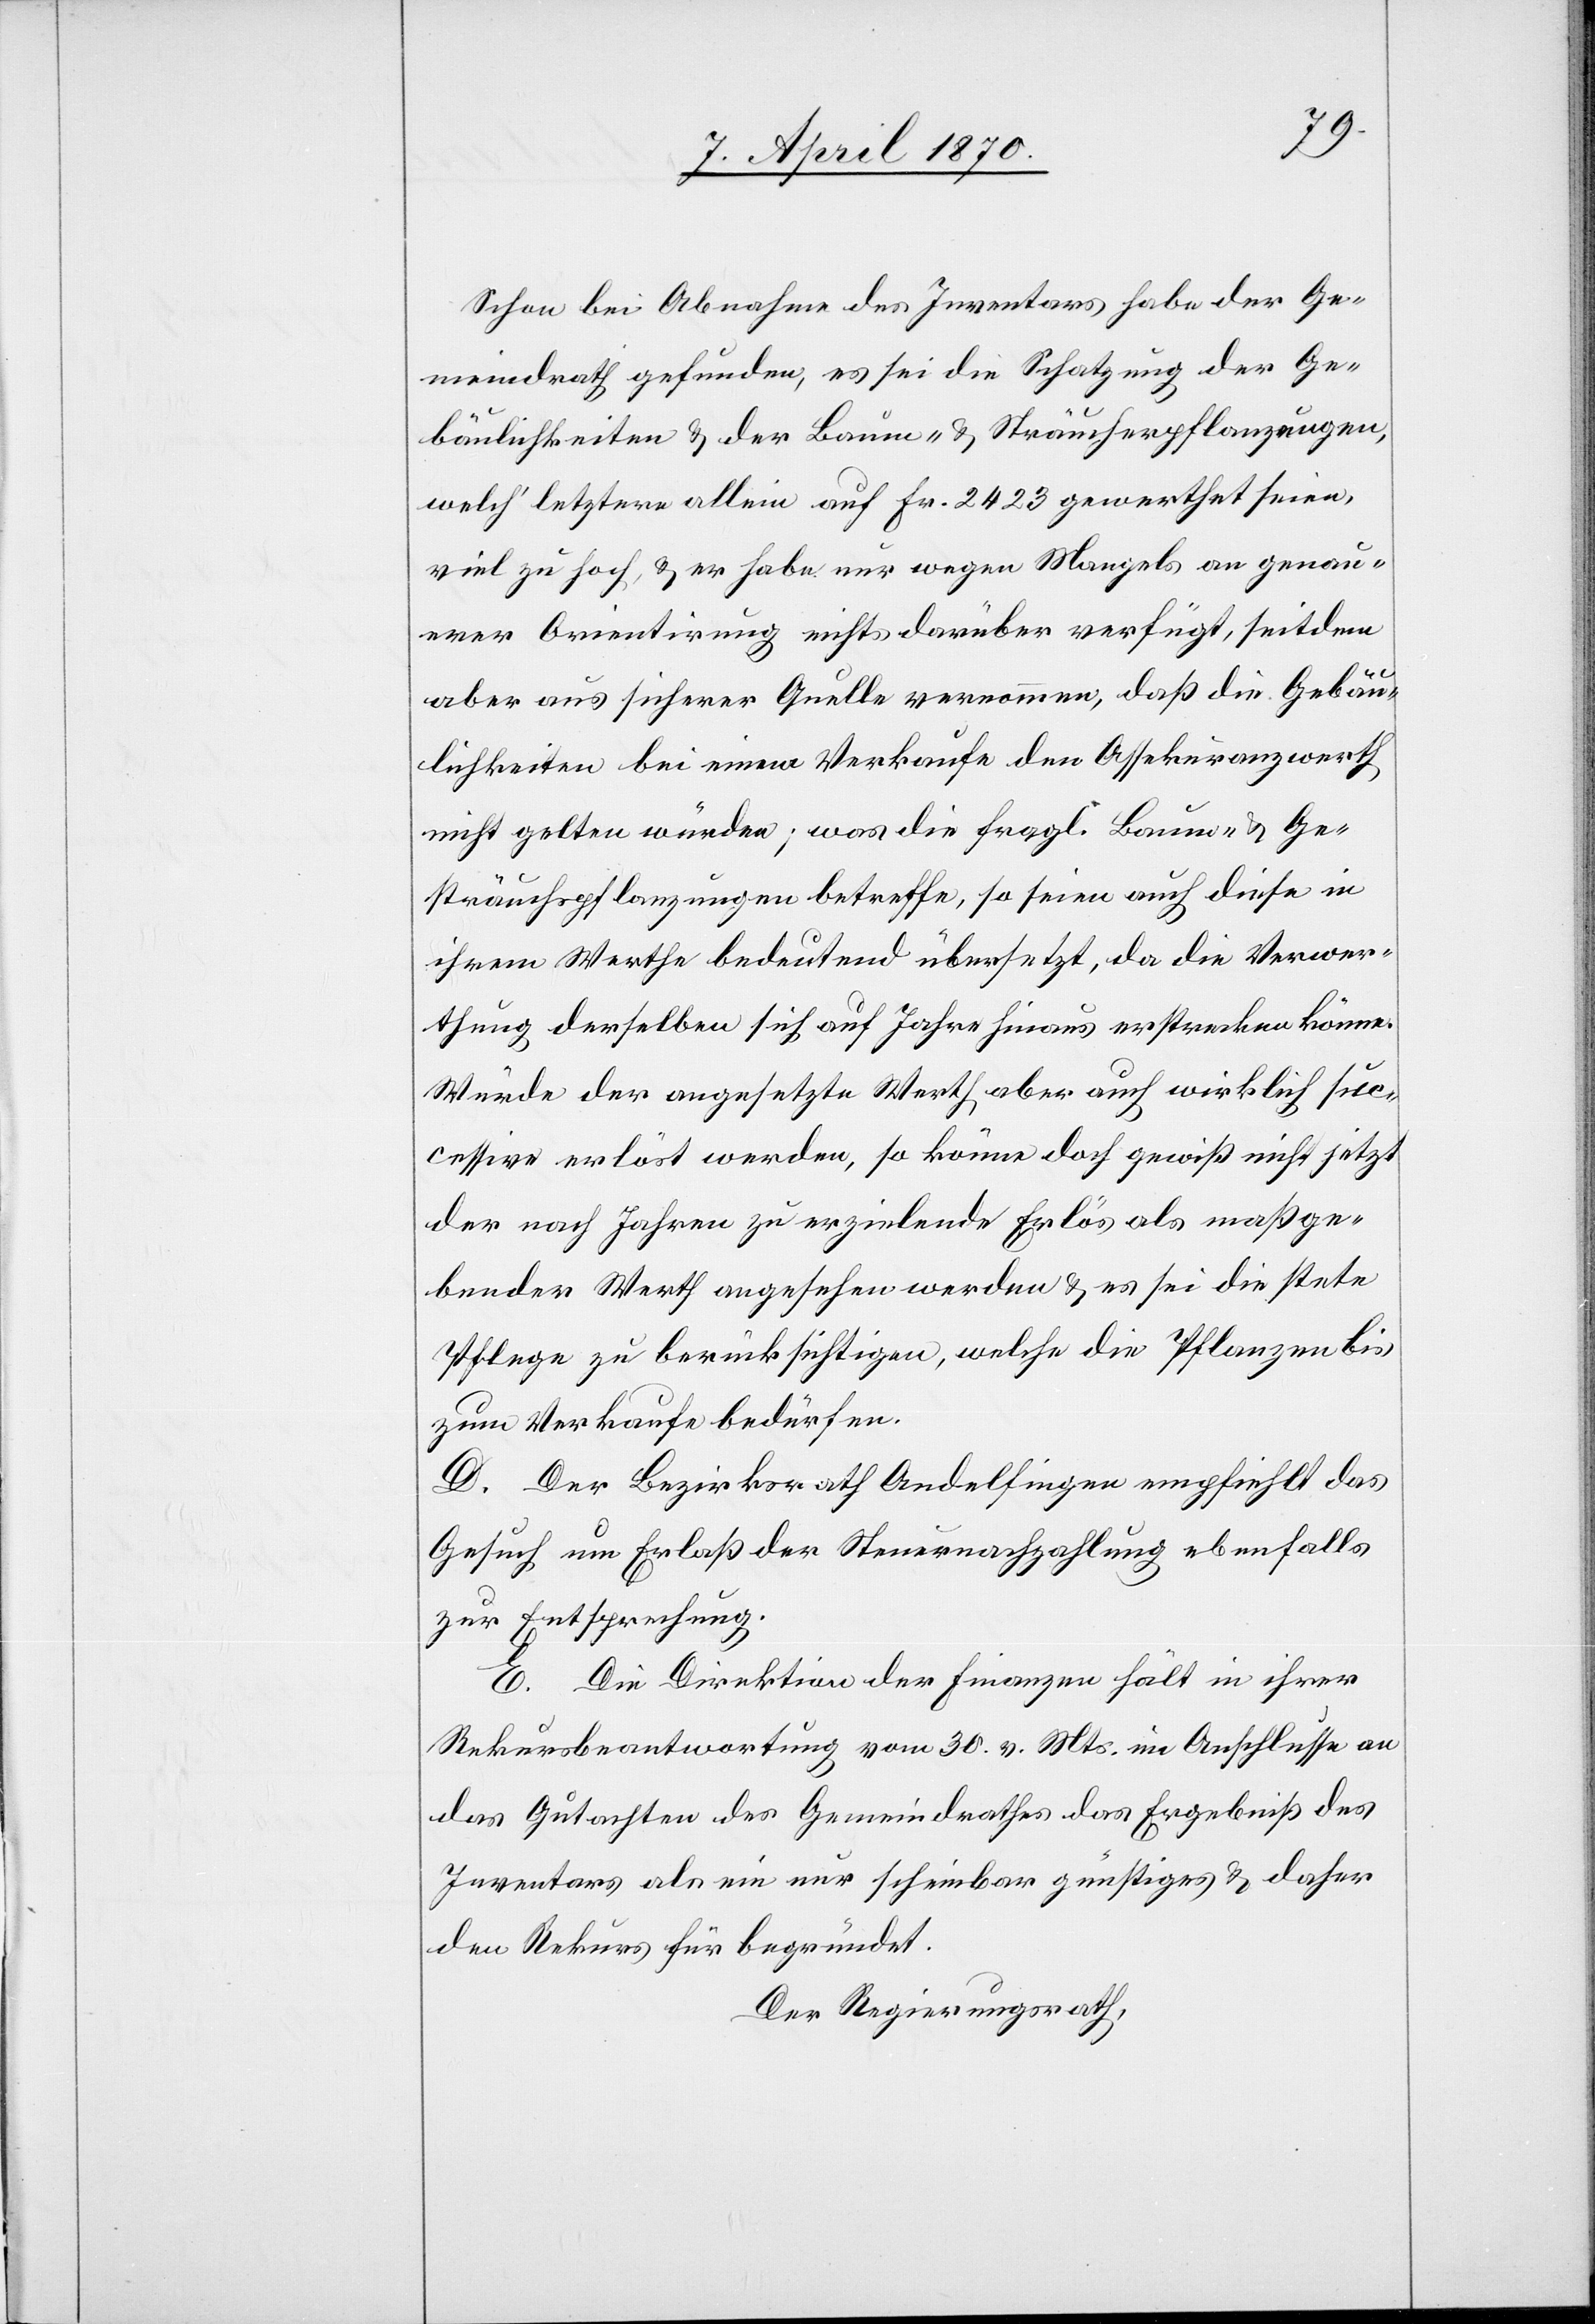
Schon bei Abnahme des Inventars habe der Ge¬
meindrath gefunden, es sei die Schatzung der Ge¬
bäulichkeiten & der Bäume- & Sträucherpflanzungen,
welch’ letztere allein auf Fr. 2423 gewerthet seien,
viel zu hoch, & er habe nur wegen Mangels an genau¬
erer Orientirung nichts darüber verfügt, seitdem
aber aus sicherer Quelle vernommen, daß die Gebäu¬
lichkeiten bei einem Verkaufe den Assekuranzwerth
nicht gelten würden; was die fragl. Baum- & Ge¬
sträuchspflanzungen betreffe, so seien auch diese in
ihrem Werthe bedeutend übersetzt, da die Verwer¬
thung derselben sich auf Jahre hinaus erstrecken könne.
Würde der angesetzte Werth aber auch wirklich suc¬
cessive erlöst werden, so könne doch gewiß nicht jetzt
der nach Jahren zu erzielende Erlös als maßge¬
bender Werth angesehen werden & es sei die stete
Pflege zu berücksichtigen, welche die Pflanzen bis
zum Verkaufe bedürfen.
D. Der Bezirksrath Andelfingen empfiehlt das
Gesuch um Erlaß der Steuernachzahlung ebenfalls
zur Entsprechung.
E. Die Direktion der Finanzen hält in ihrer
Rekursbeantwortung vom 30. vor. Mts. im Anschlusse an
das Gutachten des Gemeindrathes das Ergebniß des
Inventars als ein nur scheinbar günstiges & daher
den Rekurs für begründet.
Der Regierungsrath,